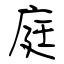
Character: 庭